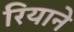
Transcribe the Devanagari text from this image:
रियाने